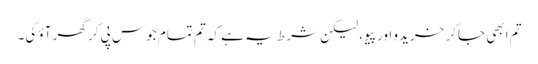
تم ابھی جاکر خریدو اور پیو، لیکن شرط یہ ہے کہ تم تمام جوس پی کر گھر آؤ گی۔